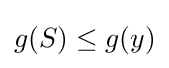
g(S)\leq g(y)